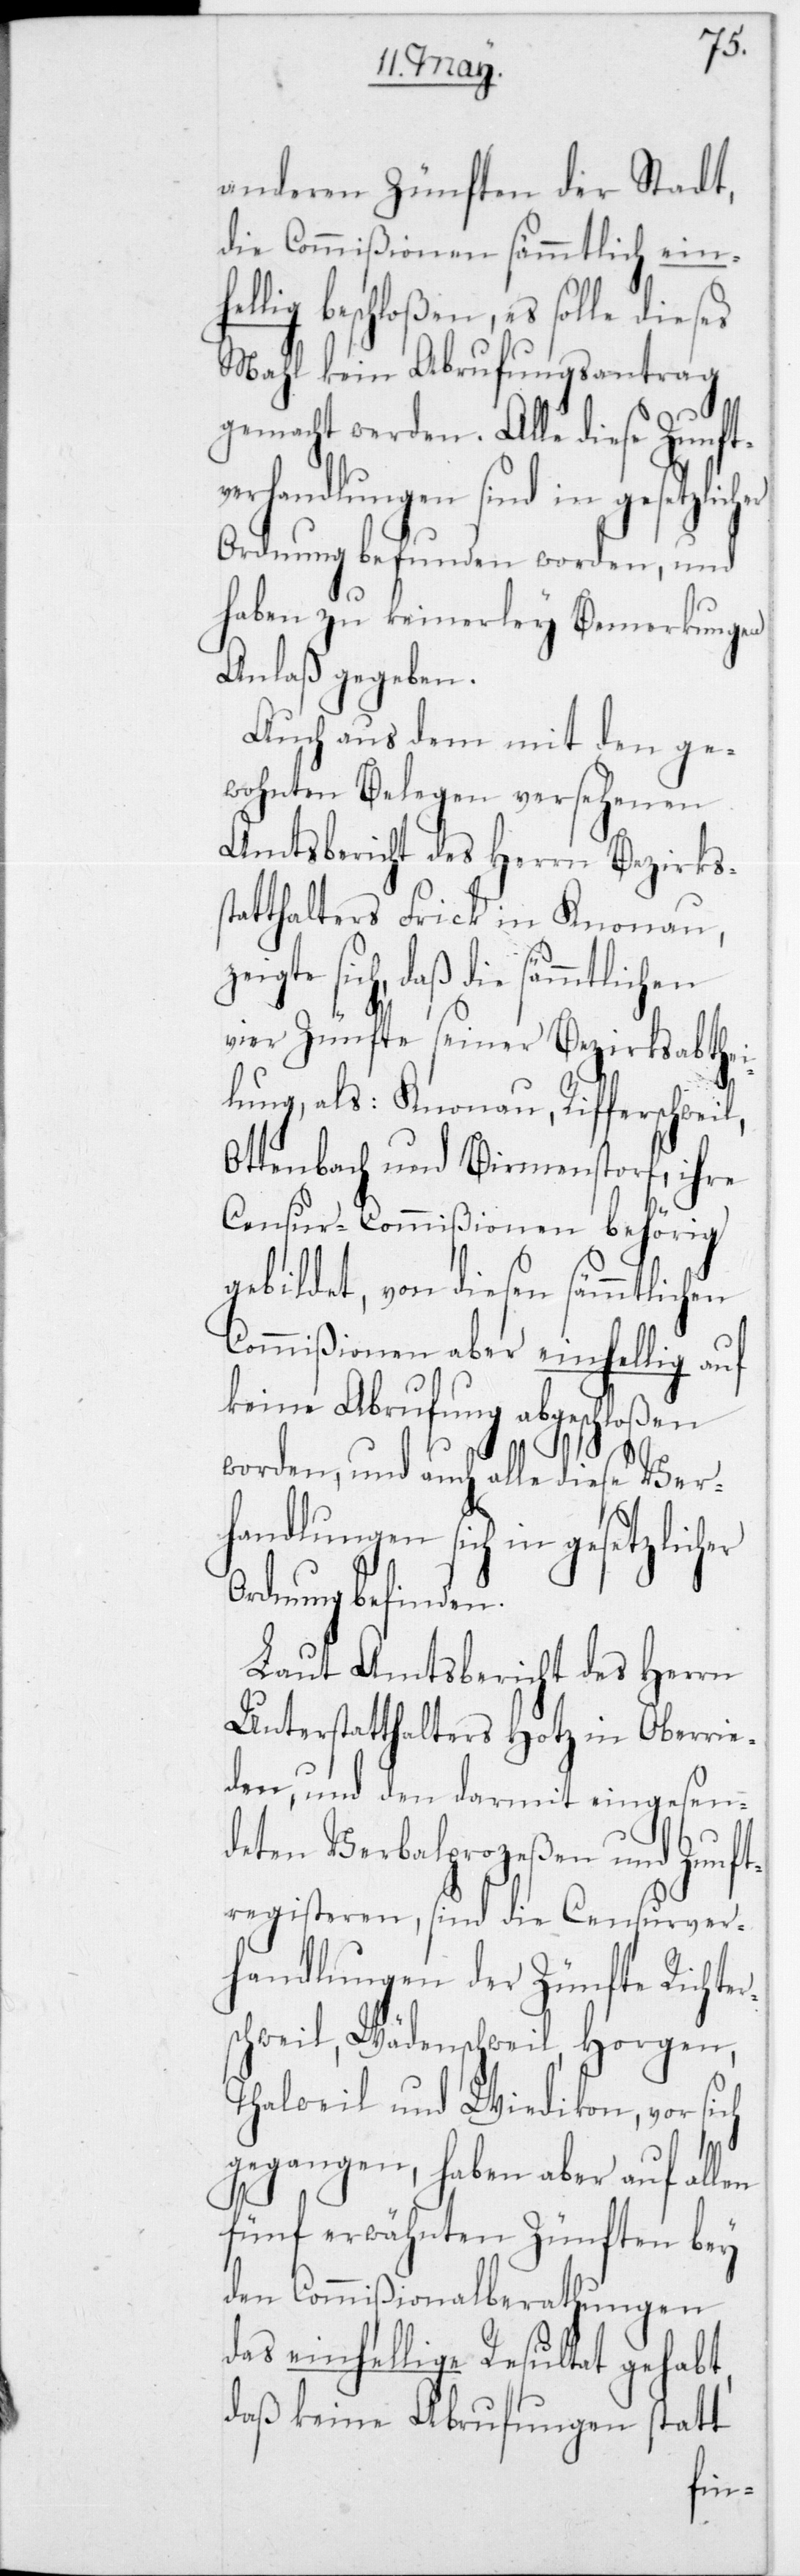
anderen Zünften der Stadt,
die Commißionen sämmtlich einhe¬
llig beschloßen, es solle dieses
Mahl kein Abrufungsantrag
gemacht werden. Alle diese Zunft¬
erhandlungen sich in gesetzlicher
Ordnung befunden worden, und
haben zu keinerley Bemerkungen
Anlaß gegeben.
Auch aus dem mit den ge¬
wohnten Belegen versehenen
Amtsbericht des Herrn Bezirkss¬
tatthalters Frick in Knonau,
sich, daß die sämmtlichen
vier Zünfte seiner Bezirksabthe¬
ilung, als: Knonau, Rifferschweil,
Ottenbach und Birmenstorf, ihre
Censur-Commißionen behörig
gebildet, von diesen sämmtlichen
Commißionen aber einhellig auf
keine Abrufung abgeschloßen
worden, und auch alle diese V¬
Ordnung befinden.
Laut Amtsbericht des Herrn
Unterstatthalters Hotz in Oberrie¬
den, und den damit eingesen¬
deten Verbalprozeßen und Zunft¬
registeren, sind die Censurver¬
handlungen der Zünfte Richter¬
schweil, Wädenschweil, Horgen,
Thalweil und Wiedikon, vor sich
gegangen, haben aber auf allen
fünf erwähnten Zünften bey
den Commißionalberathungen
das einhellige Resultat gehabt,
daß keine Abrufungen statt-